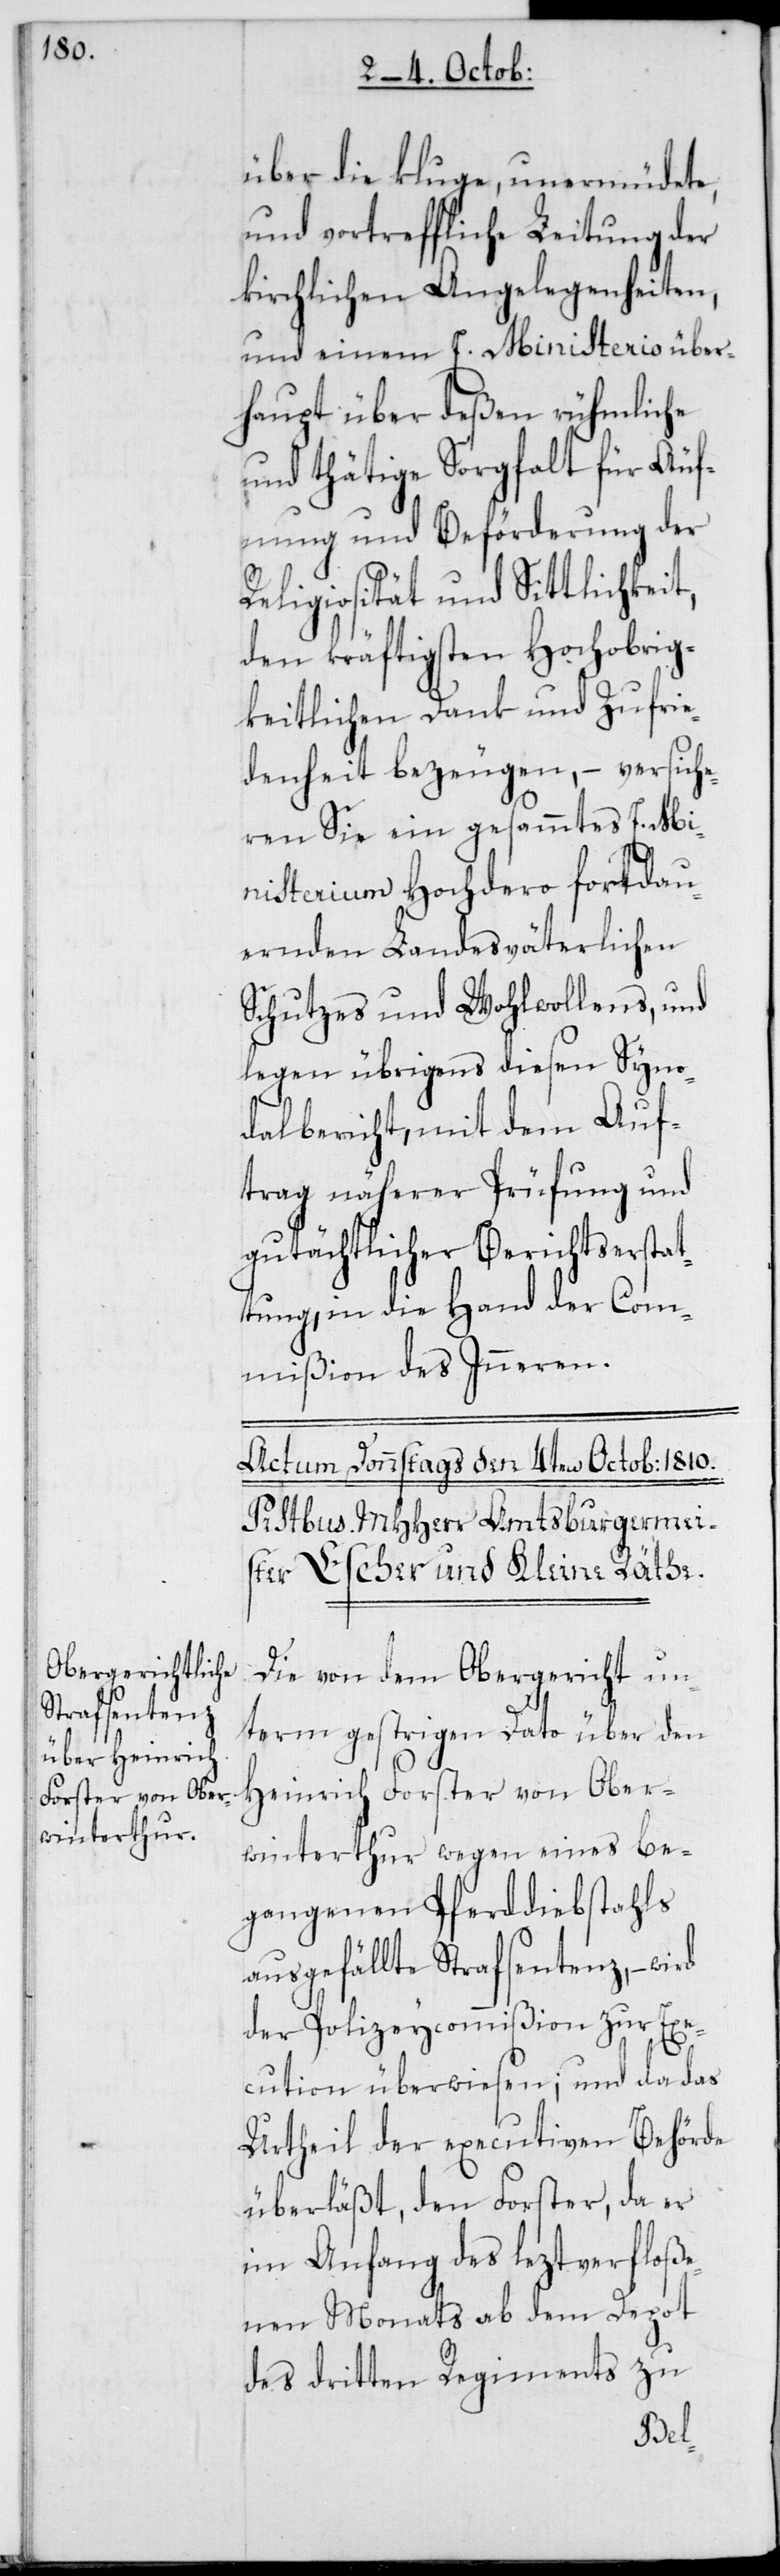
über die kluge, unermüdete,
und vortreffliche Leitung der
kirchlichen Angelegenheiten,
und einem E. Ministerio über¬
haupt über deßen rühmliche
und thätige Sorgfalt für Äuf¬
nung und Beförderung der
Religiosität und Sittlichkeit,
den kräftigsten Hochobrig¬
keitlichen Dank und Zufrie¬
denheit bezeugen, – versiche¬
ren Sie ein gesammtes E. Mi¬
nisterium Hochdero fortdau¬
ernden Landesväterlichen
Schutzes und Wohlwollens, und
legen übrigens diesen Syno¬
dalbericht, mit dem Auf¬
trag näherer Prüfung und
gutächtlicher Berichtserstat¬
tung, in die Hand der Com¬
mißion des Inneren.
Die von dem Obergericht un¬
term gestrigen Dato über den
Heinrich Forster von Ober¬
winterthur wegen eines be¬
gangenen Pferddiebstahls
ausgefällte Strafsentenz, – wird
der Polizeycommißion zur Exe¬
cution überwiesen; und da das
Urtheil der executiven Behörde
überläßt, den Forster, da er
im Anfang des leztverfloße¬
nen Monats ab dem Depot
des dritten Regiments zu